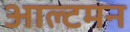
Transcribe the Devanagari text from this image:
आल्टमन